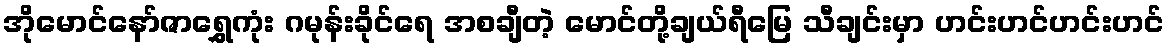
အိုမောင်နော်ဇာရွှေကုံး ဂမုန်းခိုင်ရေ အစချီတဲ့ မောင်တို့ချယ်ရီမြေ သီချင်းမှာ ဟင်းဟင်ဟင်းဟင်